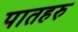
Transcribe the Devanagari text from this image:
पातहरु